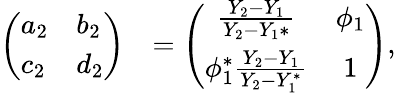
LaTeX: \begin{array}{rl}{\left(\begin{array}{ll}{a_{2}}&{b_{2}}\\ {c_{2}}&{d_{2}}\end{array}\right)}&{=\left(\begin{array}{cc}{\frac{Y_{2}-Y_{1}}{Y_{2}-Y_{1}*}}&{\phi_{1}}\\ {\phi_{1}^{*}\frac{Y_{2}-Y_{1}}{Y_{2}-Y_{1}^{*}}}&{1}\end{array}\right),}\end{array}